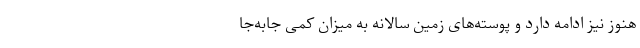
هنوز نیز ادامه دارد و پوسته‌های زمین سالانه به میزان کمی جابه‌جا